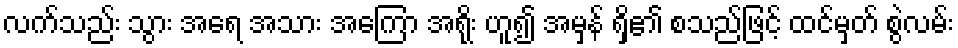
လက်သည်း သွား အရေ အသား အကြော အရိုး ဟူ၍ အမှန် ရှိ၏ စသည်ဖြင့် ထင်မှတ် စွဲလမ်း